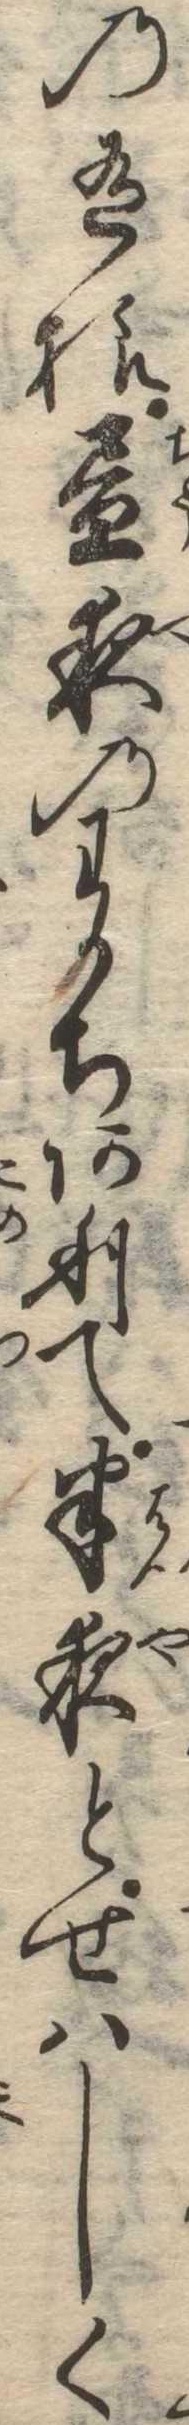
の有様昼夜のわかちありて半夜とせはしく